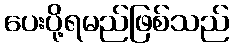
ပေးပို့ရမည်ဖြစ်သည်